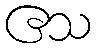
ဧသ